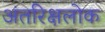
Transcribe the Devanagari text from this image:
अंतरिक्षलोक